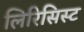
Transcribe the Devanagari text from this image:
लिरिसिस्ट